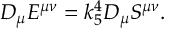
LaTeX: D _ { \mu } E ^ { \mu \nu } = k _ { 5 } ^ { 4 } D _ { \mu } S ^ { \mu \nu } .